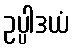
ဥပ္ပါဒယံ